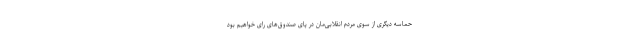
حماسه دیگری از سوی مردم انقلابی‌مان در پای صندوق‌های رای خواهیم بود